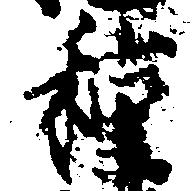
種